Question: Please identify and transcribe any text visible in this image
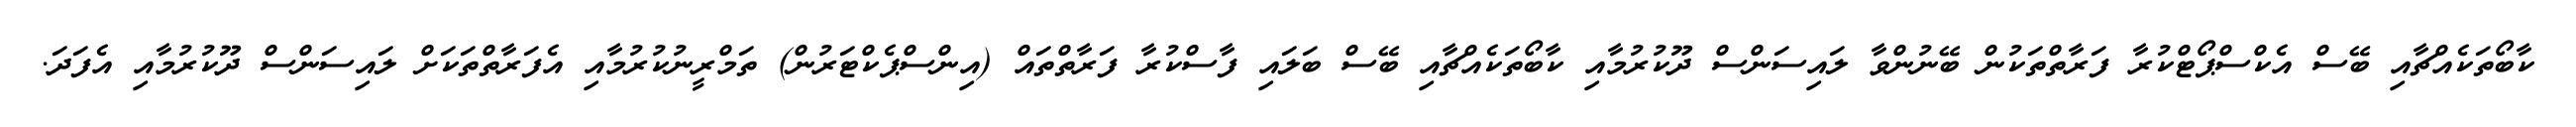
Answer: ކާބޯތަކެއްޗާއި ބޭސް އެކްސްޕޯޓްކުރާ ފަރާތްތަކުން ބޭނުންވާ ލައިސަންސް ދޫކުރުމާއި ކާބޯތަކެއްޗާއި ބޭސް ބަލައި ފާސްކުރާ ފަރާތްތައް (އިންސްޕެކްޓަރުން) ތަމްރީނުކުރުމާއި އެފަރާތްތަކަށް ލައިސަންސް ދޫކުރުމާއި އެފަދަ.